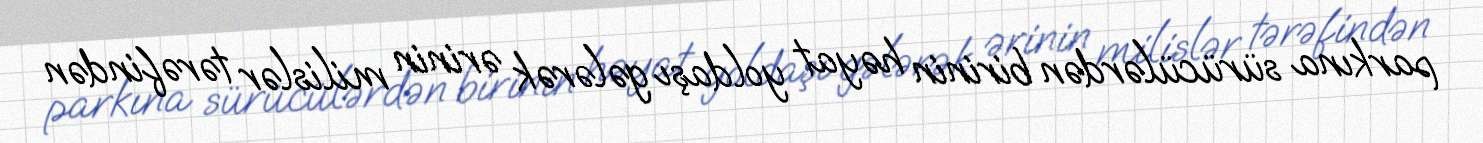
parkına sürücülərdən birinin həyat yoldaşı gələrək ərinin milislər tərəfindən